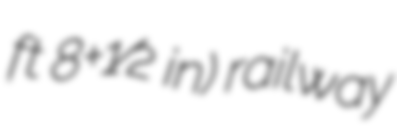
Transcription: ft 8+1⁄2 in) railway